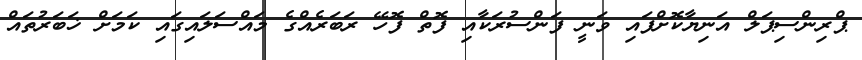
ޕްރިންސިޕަލް އަނިޔާކޮށްފައި ވަނީ ފަންސުރަކާއި ފޮތް ފޮހޭ ރަބަރެއްގެ މައްސަލައިގައި ކަމަށް ޚަބަރުތައް